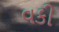
વકી